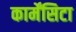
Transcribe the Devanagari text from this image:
कार्मेंसिटा